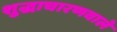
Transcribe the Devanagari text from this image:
शुद्धाचारणवाले